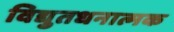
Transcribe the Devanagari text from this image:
विद्युतधनात्मक